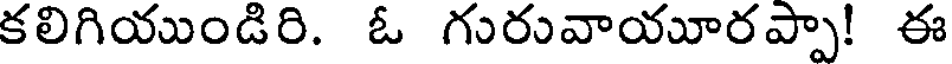
కలిగియుండిరి. ఓ గురువాయూరప్పా! ఈ